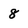
Character: 8